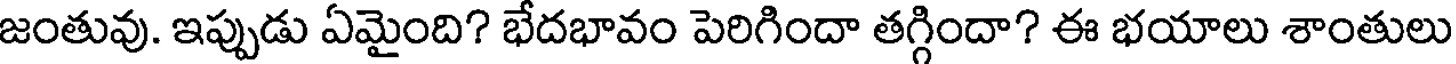
జంతువు. ఇప్పుడు ఏమైంది? భేదభావం పెరిగిందా తగ్గిందా? ఈ భయాలు శాంతులు